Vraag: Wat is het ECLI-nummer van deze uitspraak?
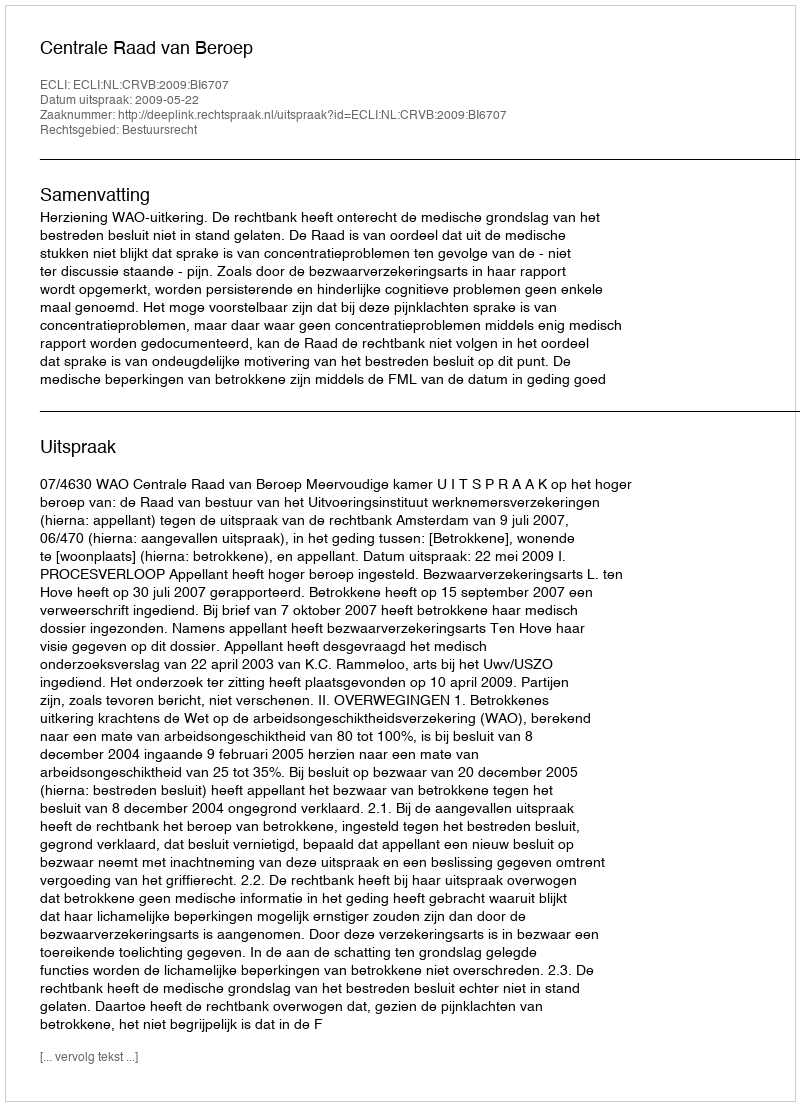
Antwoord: ECLI:NL:CRVB:2009:BI6707